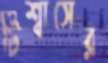
টিশ্বাসের